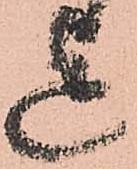
迄